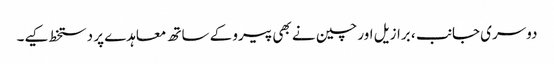
دوسری جانب ، برازیل اور چین نے بھی پیرو کے ساتھ معاہدے پر دستخط کیے۔